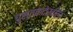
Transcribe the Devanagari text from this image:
पुस्तकदेखील